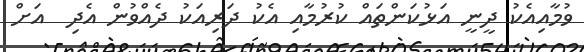
ވުމާއިއެކު ދީނީ އަޅުކަންތައް ކުރުމާއި އެކު ދަރިއަކު ދެއްވުން އެދި  އަށް